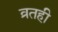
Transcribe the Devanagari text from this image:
व्रतही